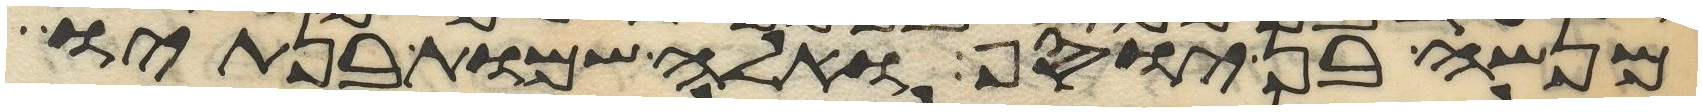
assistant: מנשה בן יוסף ואלה שמות בנתיו